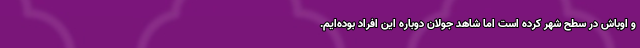
و اوباش در سطح شهر کرده است اما شاهد جولان دوباره این افراد بوده‌ایم.